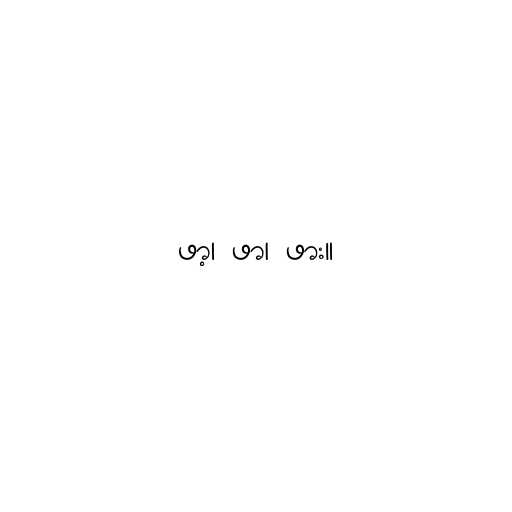
ဖာ့၊ ဖာ၊ ဖား။